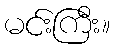
မင်းကြီး။